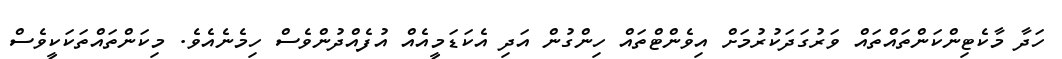
ހަދާ މާކެޓިންކަންތައްތައް ވަރުގަދަކުރުމަށް އިވެންޓްތައް ހިންގުން އަދި އެކަޑަމީއެއް އުފެއްދުންވެސް ހިމެނެއެވެ. މިކަންތައްތަކަކީވެސް